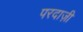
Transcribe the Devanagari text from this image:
परदाज़ी